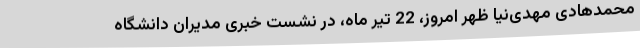
محمدهادی مهدی‌نیا ظهر امروز، 22 تیر ماه، در نشست خبری مدیران دانشگاه